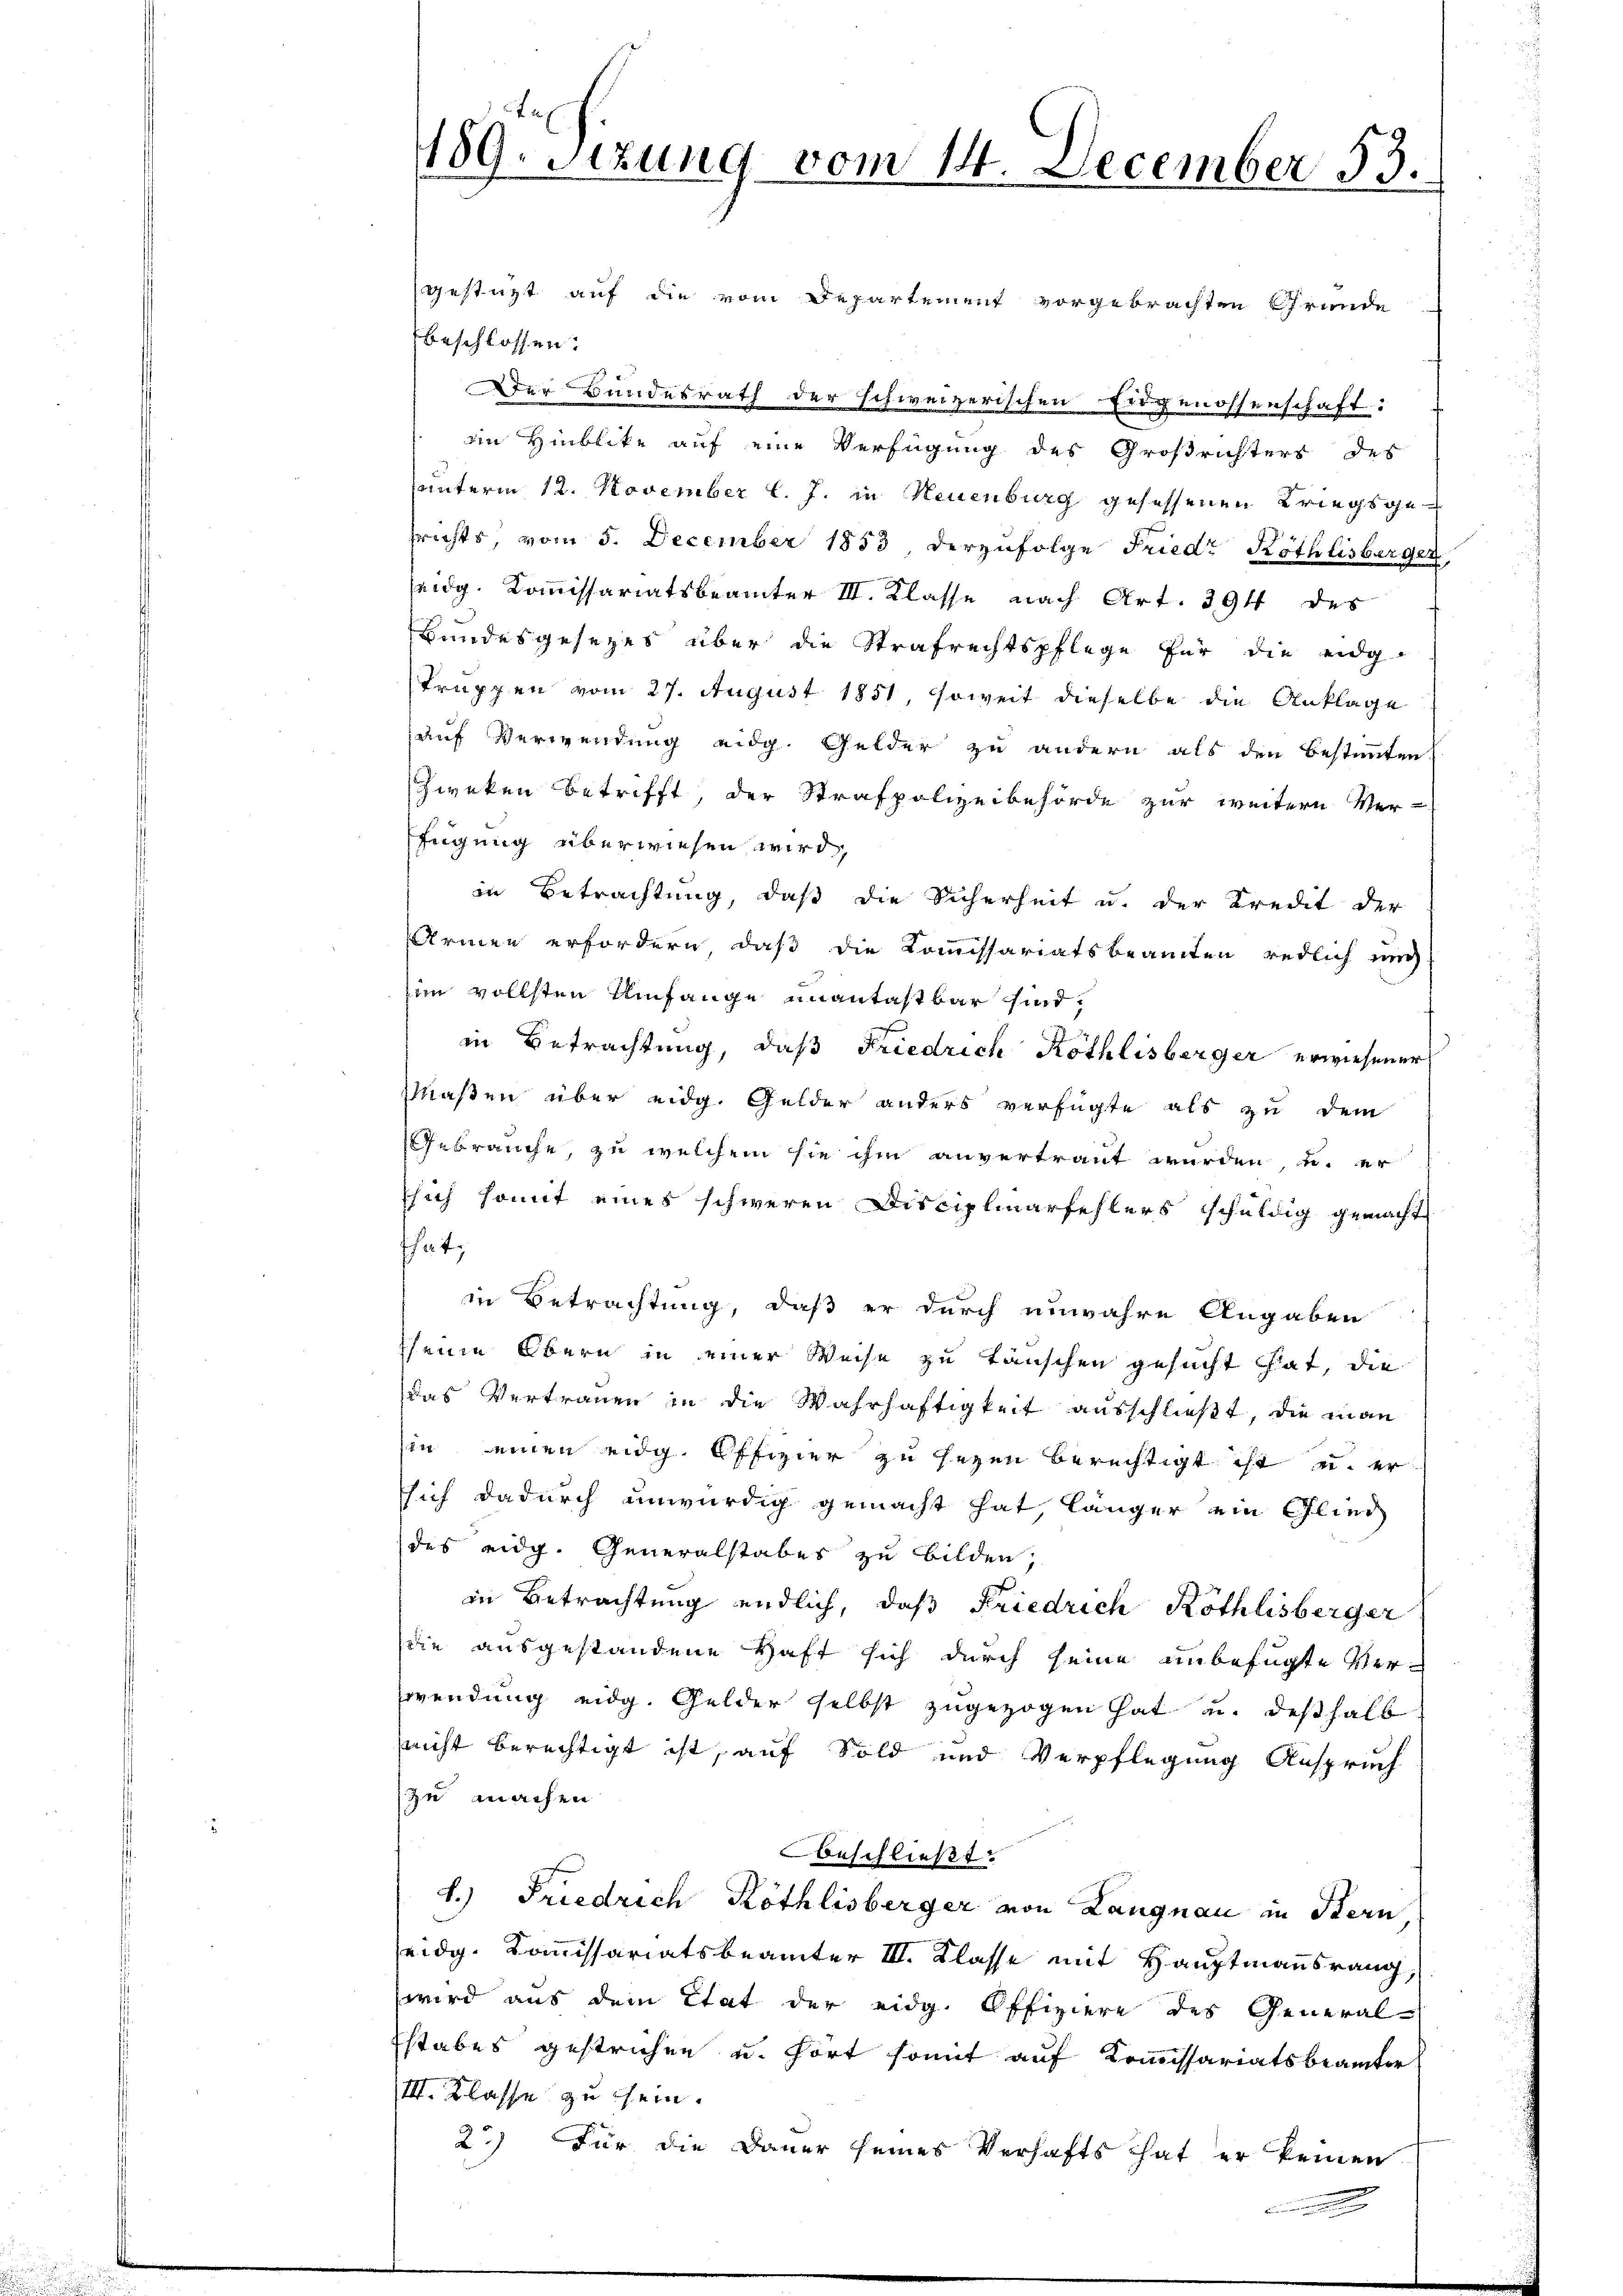
189. Sizung vom 14. December 53.

gestüzt auf die vom Departement vorgebrachten Grunde
beschlossen:
Der Bundesrath der schweizerischen Eidgenossenschaft:
ein Hinblike auf eine Verfügung des Großrichters des
unterm 12. November l. J. in Neuenburg gesessenen Kriegsgefrichts, vom 5. December 1853, derzufolge Friedr Röthlisberger
seidg. Kommissariatsbeamter III. Klasse nach Art. 394 des
Bundesgesezes über die Strafrechtspflege für die eidg
Truppen vom 27. August 1851, soweit dieselbe die Anklage
auf Verwendung eidg. Gelder zu andern als den bestimmten.
Zweken betrifft, der Strafpolizeibehörde zur weitern Ver-
fügung überwiesen wird,
in Betrachtung, daß die Sicherheit u. der Kredit der
Armen erfordern, daß die Kommissariatsbeamten redlich nich
in vollsten Umfange unantastbar sind,
in Betrachtung, daß Friedrich Köthlisberger erwiesener
Maßen über eidg. Gelder anders verfügte als zu dem
Gebrauche, zu welchem sie ihm anvertraut wurden, u. er
sich somit eines schweren Disciplinarfehlers schuldig gemacht
that;
in Betrachtung, daß er durch unwahre Angaben
seine Obern in einer Weise zu täuschen gesucht hat, die
das Vertrauen in die Wahrhaftigkeit ausschließt, die man
in einen eidg. Offizier zu seyen berechtigt ist u. er
sich dadurch unwürdig gemacht hat, länger ein Glied
des eidg. Generalstabes zu bilden,
in Betrachtung endlich, daß Friedrich Köthlisberger
die ausgestandene Haft sich durch seine unbefugte Verwendung eidg. Gelder selbst zugezogen hat u. deßhalb
nicht berechtigt ist, auf Sold und Verpflegung Anspruch
zu machen
beschließt:
1.) Friedrich Köthlisberger von Langnau in Stern
eidg. Kommissariatsbeamter III. Klasse mit Hauptmannsrang,
wird aus dem Etat der eidg. Offiziere des General-
stabes gestrichen u. fort somit auf Kommissariatsbeamter
III. Klasse zu sein.
2.) Für die Dauer seines Verhafts hat er keinen

.